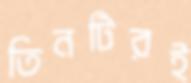
তিনটিরই